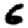
Digit: 6